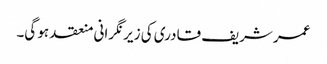
عمر شریف قادری کی زیر نگرانی منعقد ہو گی۔